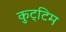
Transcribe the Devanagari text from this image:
कुट्‌टिम